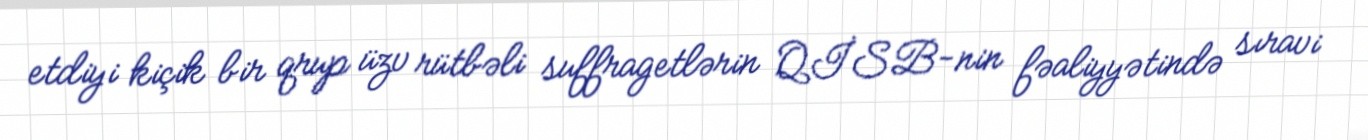
etdiyi kiçik bir qrup üzv rütbəli suffragetlərin QİSB-nin fəaliyyətində sıravi